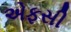
એફસી